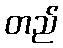
တည်